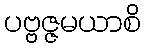
ပဗ္ဗဇ္ဇမယာစိ